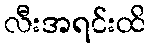
လီးအရင်းထိ